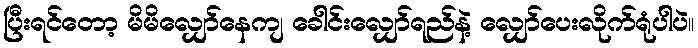
ပြီးရင်တော့ မိမိလျှော်နေကျ ခေါင်းလျှော်ရည်နဲ့ လျှော်ပေးလိုက်ရုံပါပဲ။